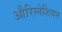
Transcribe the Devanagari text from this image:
औरिग्नेशियन